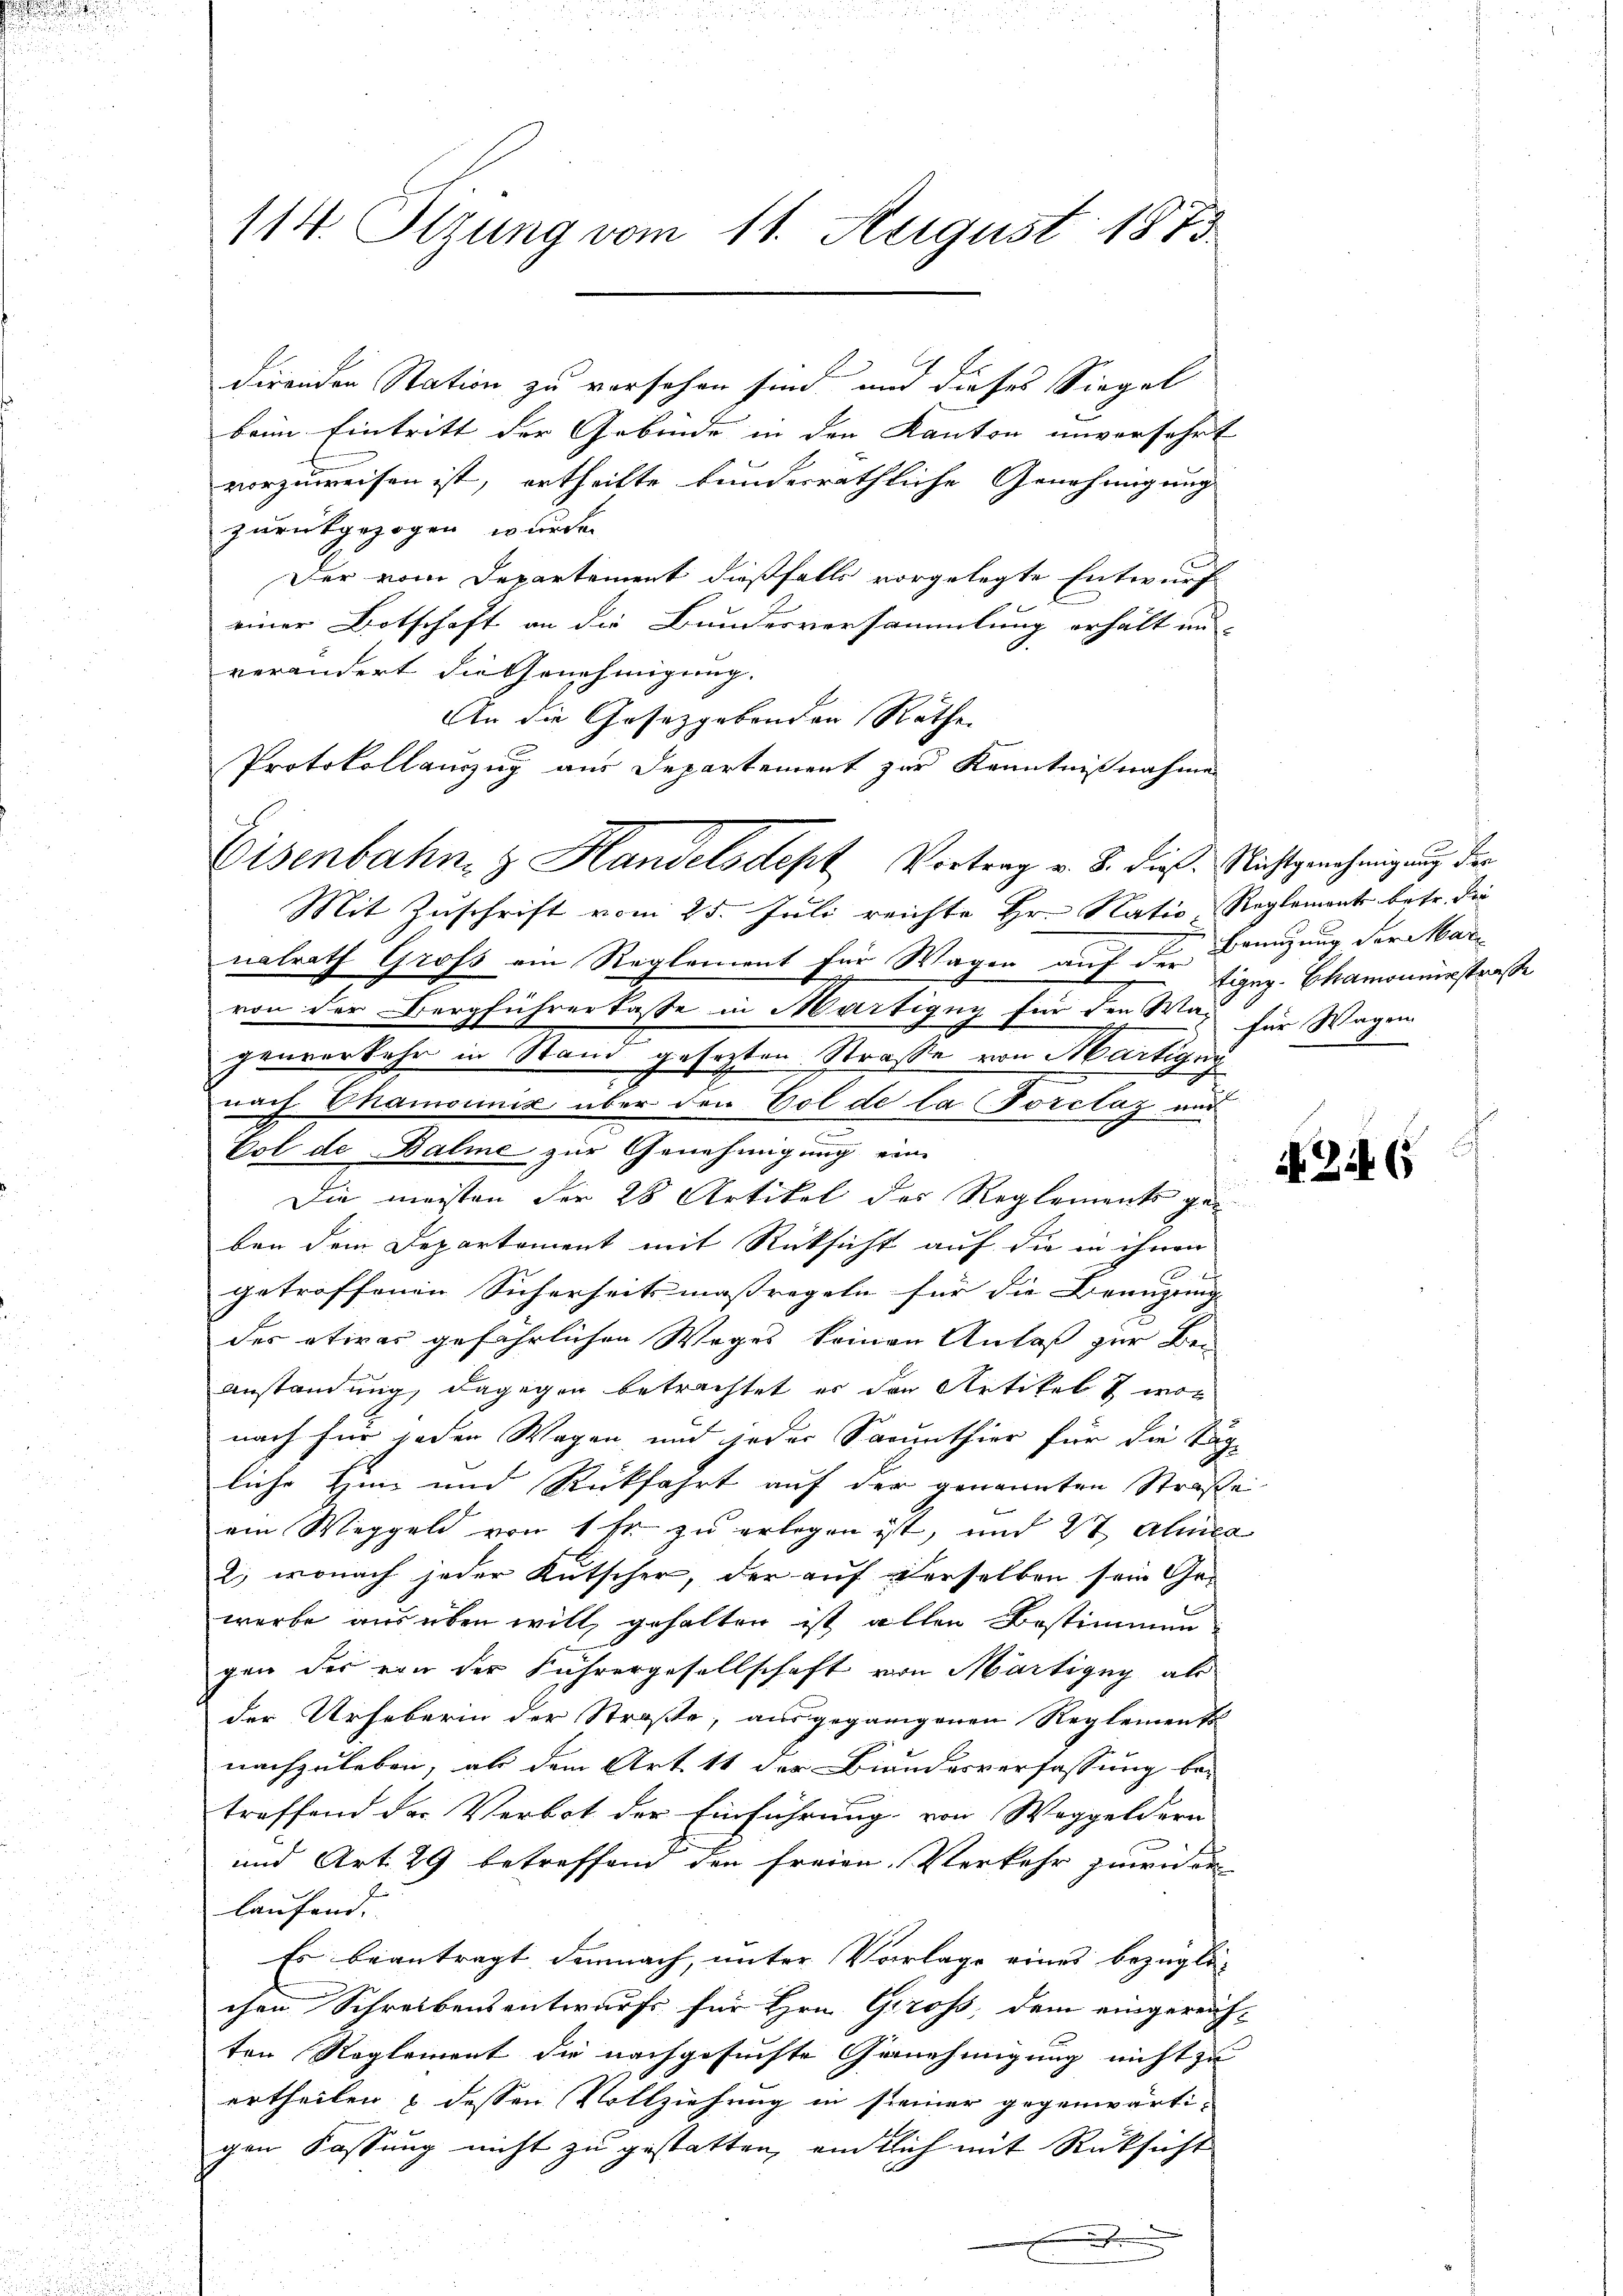
114. Tigung vom 11. August 1873

direnden Station zu versehen sind und dieses Siegel
beim Eintritt der Gebinde in den Kanton unverfahrt
vorzuweisen ist, ertheilte bunderräthliche Genehmigung
zurückgezogen würde.
Der vom Departement dießfalls vorgelegte Entwurf
einer Botschaft an die Bundesversammlung erhält un-
verändert die Genehmigung.
An die Gesetzgebenden Rathe
Mit Zuschrift vom 25. Juli reichte Hr. Natio Reglement betr. die
nalrath Gross ein Reglement für Wagen auf der Figug. Chamonierstraße
von der Bergführerkasse in Martigny für den Was für Wagen
genverkehr in Stand gesezten Straße von Martigny
nach Chamouinić über den Gol de la Forclaz and
Col de Balme zur Genehmigung eine
Die meisten der 28 Artikel des Reglements geben dem Departement mit Rücksicht auf die in ihnen
getroffenen Sicherheitsmassregeln für die Benuzung |
des etwas gefährlichen Weges keinen Anlaß zur Bei-
Anstandung, dagegen betrachtet er den Artikelt wor
nach für jeden Wagen, und jeder Sacunthier für die Tag
liche Hin und Rückfahrt auf der genannten Straße
ein Weggeld von 1 fr zu erlegen ist, und 27 Alma
2, wonach jeder Kutscher, der auf derselben sein Gewerbe aus üben will, gehalten ist allen Bestimmun
gen des von der Fuhrergesellschaft von Märtigny als
der Urheberin der Straße, ausgegangenen Reglements
nachzuleben, als dem Art. 11 der Bundesverfassung be-
treffend der Verbot der Einführung von Weggeldern
und Art. 29 betreffend den freien Verkehr zuwider
laufend.
Es beantragt demnach, unter Vorlage eines bezügli-
chen Schreibensentwurfs für Hrn. Gross, dem eingereichten Reglement die nachgesuchte Genehmigung nicht zu
ertheilen & dessen Vollziehung in seiner gegenwärtigen Fassung nicht zu gestatten, einlich mit Rücksicht
.

Protokollanzug aus Departement zur Kenntnißnahme
Eisenbahn z. Handelsdept Vortrag v. 8. dieß. Nichtgenehmigung der

bringung der Mari

N 224